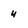
Character: y